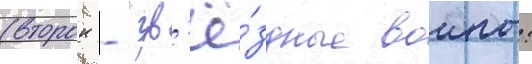
(второи - "зв'ё́здные воины: